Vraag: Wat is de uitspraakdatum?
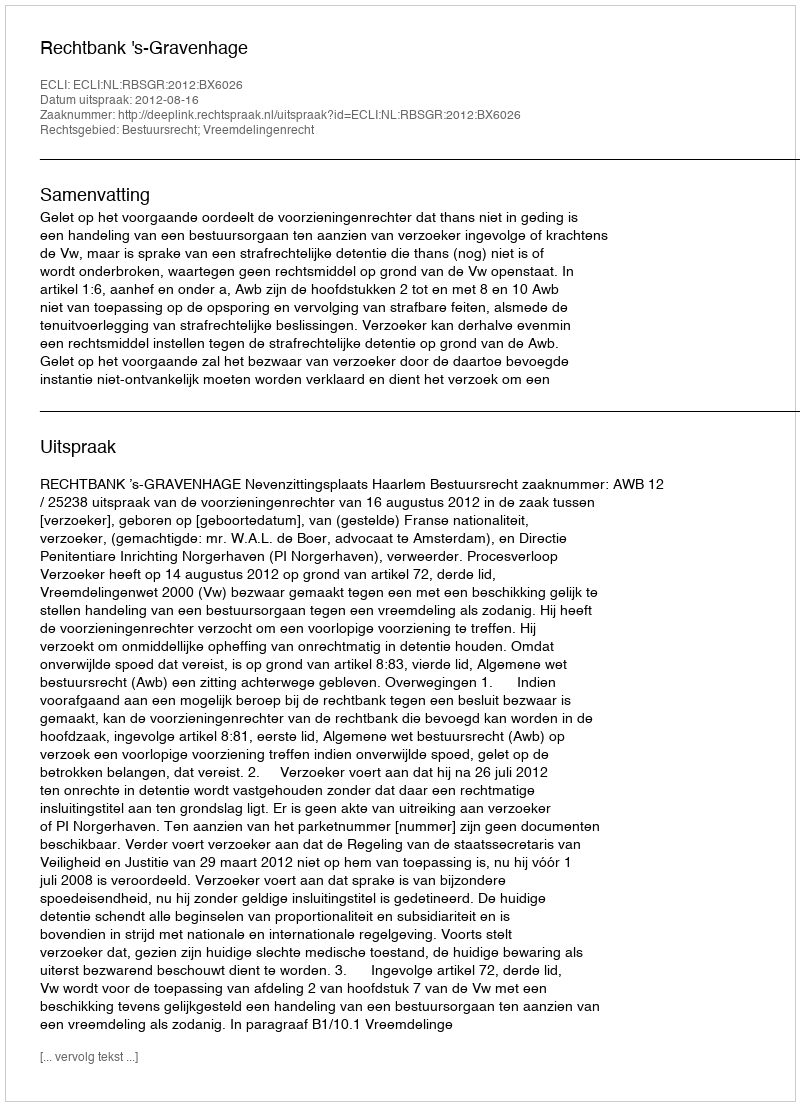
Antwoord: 2012-08-16